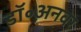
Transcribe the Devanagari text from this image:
डॉ॰अनवर